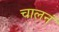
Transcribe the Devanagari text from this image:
चालनं